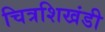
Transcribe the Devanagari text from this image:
चित्रशिखंडी